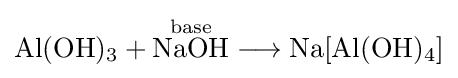
{\mathrm {Al} (\mathrm {OH} ){\vphantom {A}}_{\smash[{t}]{3}}{}+{}{\overset {\mathrm {base} }{\mathrm {NaOH} }}{}\mathrel {\longrightarrow } {}\mathrm {Na} [\mathrm {Al} (\mathrm {OH} ){\vphantom {A}}_{\smash[{t}]{4}}]}